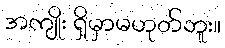
အကျိုး ရှိမှာမဟုတ်ဘူး။